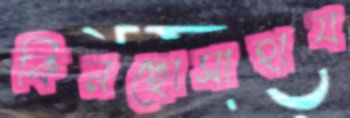
কিনছোসাহায